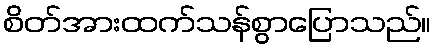
စိတ်အားထက်သန်စွာပြောသည်။